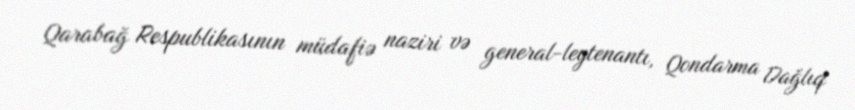
Qarabağ Respublikasının müdafiə naziri və general-leytenantı, Qondarma Dağlıq